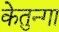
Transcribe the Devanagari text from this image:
केतुन्गा